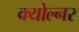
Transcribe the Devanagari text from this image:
क्योल्नर